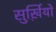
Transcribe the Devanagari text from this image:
सुर्ख़ियो